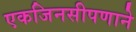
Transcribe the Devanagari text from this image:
एकजिनसीपणाने